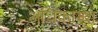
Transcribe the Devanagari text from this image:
अधिकाम्श